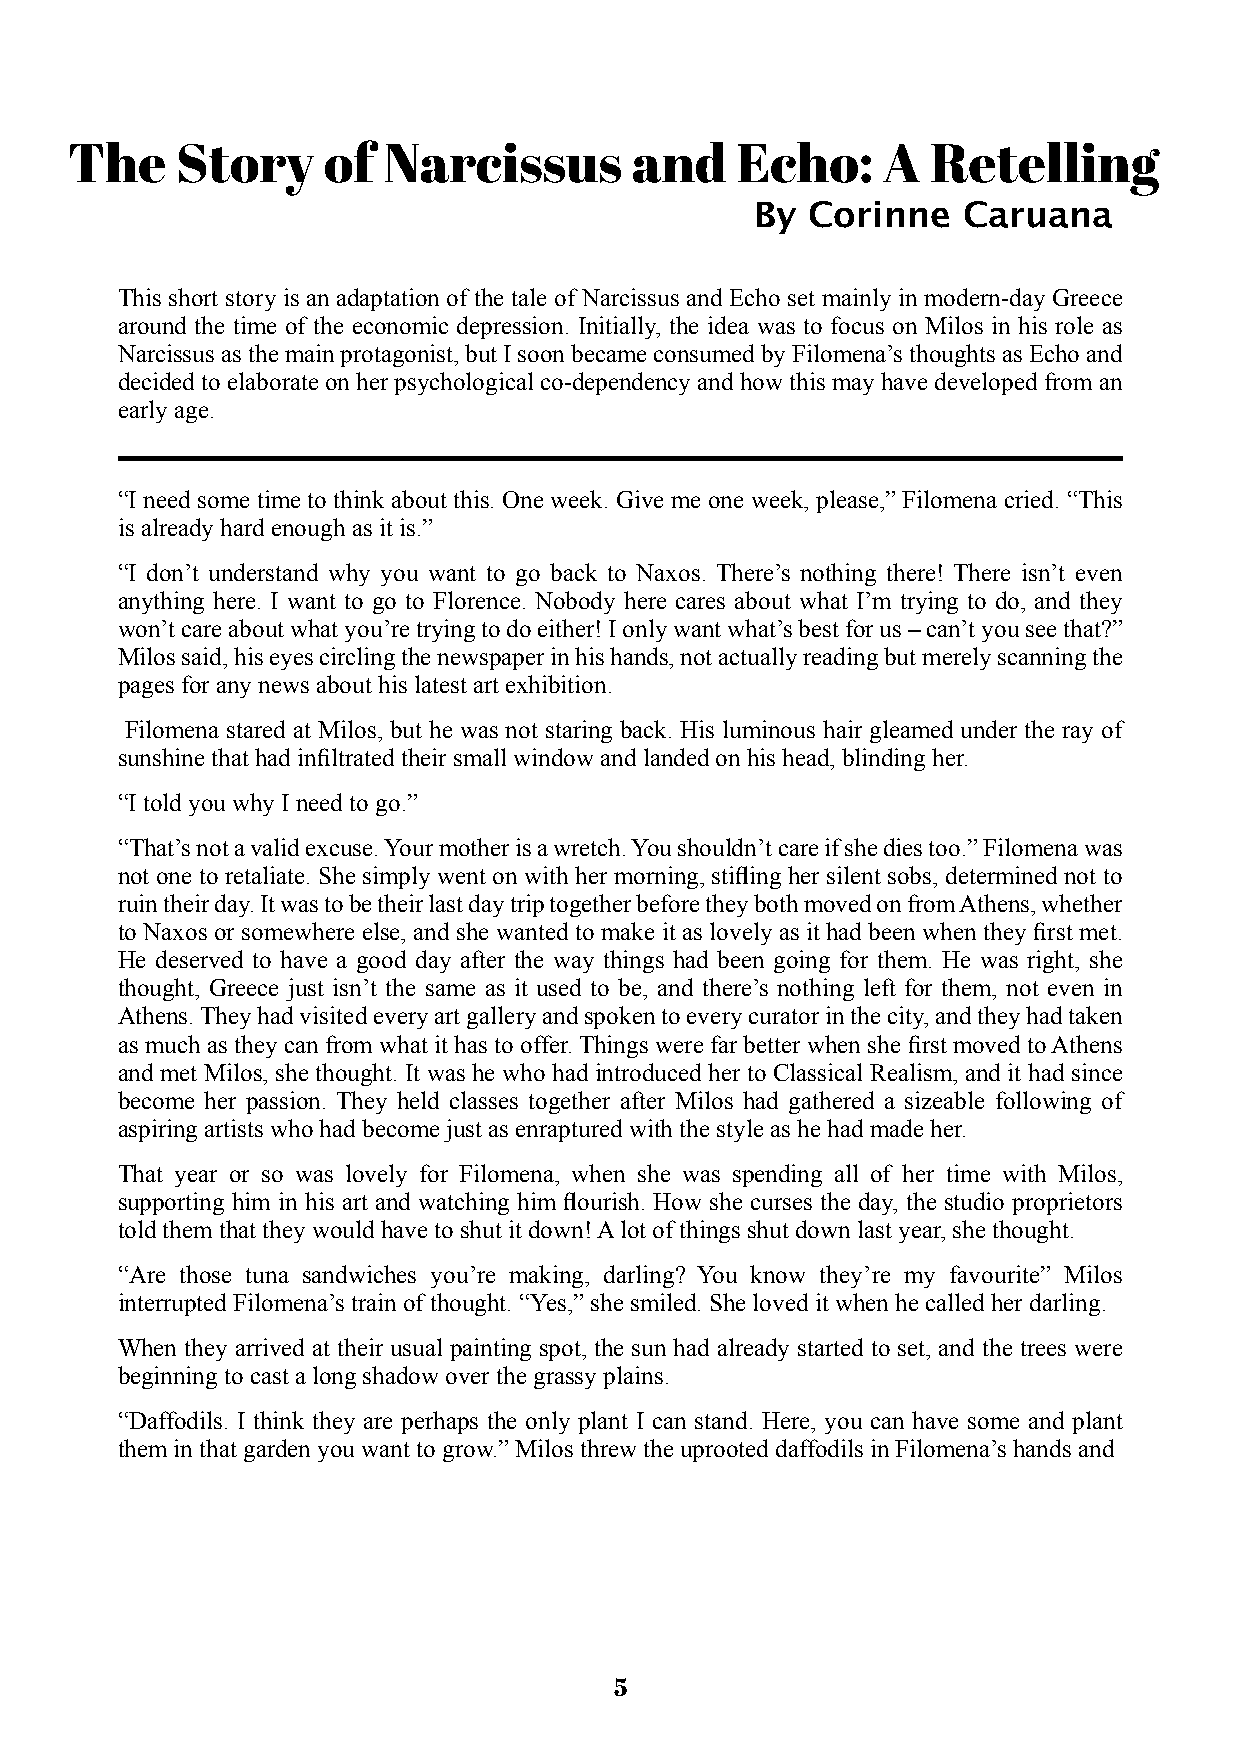
The     Story    of  Narcissus        and    Echo:    A   Retelling
 By Corinne    Caruana
 This short story is an adaptation of the tale of Narcissus and Echo set mainly in modern-day Greece
 around the time of the economic depression. Initially, the idea was to focus on Milos in his role as
 Narcissusasthemainprotagonist,butIsoonbecameconsumedbyFilomena’sthoughtsasEchoand
 decided to elaborate on her psychological co-dependency and how this may have developed from an
 earlyage.
 “I need some time to think about this. One week. Give me one week, please,” Filomena cried. “This
 is alreadyhardenoughas itis.”
 “I don’t understand why you want to go back to Naxos. There’s nothing there! There isn’t even
 anything here. I want to go to Florence. Nobody here cares about what I’m trying to do, and they
 won’tcareaboutwhatyou’retryingtodoeither!Ionlywantwhat’sbestforus–can’tyouseethat?”
 Milossaid,hiseyescirclingthenewspaperinhishands,notactuallyreadingbutmerelyscanningthe
 pages for anynews abouthis latestartexhibition.
 Filomena stared at Milos, but he was not staring back. His luminous hair gleamed under the ray of
 sunshinethathadinfiltrated theirsmallwindow andlandedonhis head,blindingher.
 “ItoldyouwhyIneedtogo.”
 “That’snotavalidexcuse.Yourmotherisawretch.Youshouldn’tcareifshediestoo.”Filomenawas
 not one to retaliate. She simply went on with her morning, stifling her silent sobs, determined not to
 ruintheirday.ItwastobetheirlastdaytriptogetherbeforetheybothmovedonfromAthens,whether
 to Naxos or somewhere else, and she wanted to make it as lovely as it had been when they first met.
 He deserved to have a good day after the way things had been going for them. He was right, she
 thought, Greece just isn’t the same as it used to be, and there’s nothing left for them, not even in
 Athens.Theyhadvisitedeveryartgalleryandspokentoeverycuratorinthecity,andtheyhadtaken
 as much as they can from what it has to offer.Things were far better when she first moved toAthens
 and met Milos, she thought. It was he who had introduced her to Classical Realism, and it had since
 become her passion. They held classes together after Milos had gathered a sizeable following of
 aspiringartists whohadbecomejustas enrapturedwiththestyleas hehadmadeher.
 That year or so was lovely for Filomena, when she was spending all of her time with Milos,
 supporting him in his art and watching him flourish. How she curses the day, the studio proprietors
 toldthemthattheywouldhavetoshutitdown!Alotofthings shutdownlastyear,shethought.
 “Are those tuna sandwiches you’re making, darling? You know they’re my favourite” Milos
 interruptedFilomena’s trainofthought.“Yes,”shesmiled.Sheloveditwhenhecalledherdarling.
 When they arrived at their usual painting spot, the sun had already started to set, and the trees were
 beginningtocastalongshadow overthegrassyplains.
 “Daffodils. I think they are perhaps the only plant I can stand. Here, you can have some and plant
 theminthatgardenyouwanttogrow.”Milos threw theuprooteddaffodils inFilomena’s hands and
 5